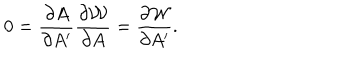
0 = { \frac { \partial A } { \partial A ^ { \prime } } } { \frac { \partial { \cal W } } { \partial A } } = { \frac { \partial { \cal W } } { \partial A ^ { \prime } } } .